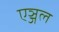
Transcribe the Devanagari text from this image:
एञ्जल